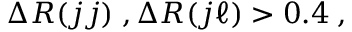
\Delta R ( j j ) \; , \Delta R ( j \ell ) > 0 . 4 \; ,